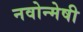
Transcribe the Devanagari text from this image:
नवोन्‍मेषी